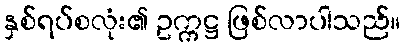
နှစ်ရပ်စလုံး၏ ဥက္ကဋ္ဌ ဖြစ်လာပါသည်။